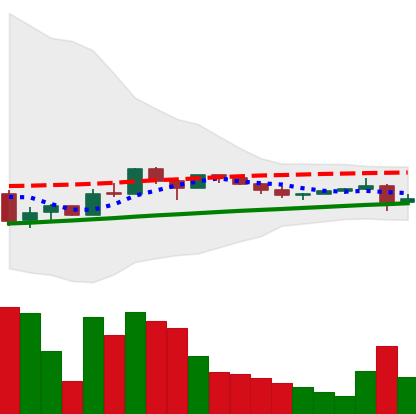
Ticker: LTC-USD
Chart end date: 2017-10-10
Forward return: 29.083%
Label: up_7plus